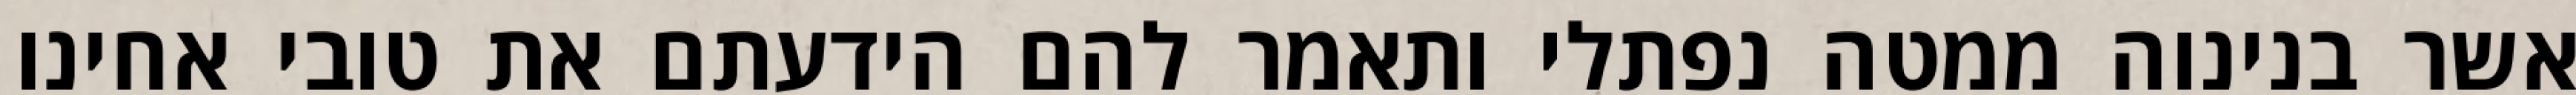
אשר בנינוה ממטה נפתלי ותאמר להם הידעתם את טובי אחינו